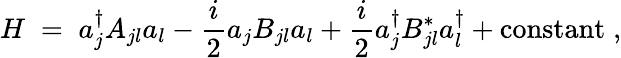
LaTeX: H\; =\; a_{j}^{\dagger}A_{jl}a_{l}-\frac{i}{2}a_{j}B_{jl}a_{l}+\frac{i}{2}a_{j}^{\dagger}B_{jl}^{*}a_{l}^{\dagger}+\mathrm{constant}\; ,